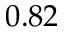
0 . 8 2